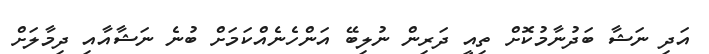
އަދި ނަޝާ ބަދުނާމުކޮށް ތިއީ ދަރިން ނުލިބޭ އަންހެނެއްކަމަށް ބުނެ ނަޝާއާއި ދިމާލަށް